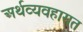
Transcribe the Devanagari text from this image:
अर्थव्यवहारात